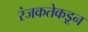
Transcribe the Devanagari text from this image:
रंजकतेकडून